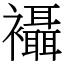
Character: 襵